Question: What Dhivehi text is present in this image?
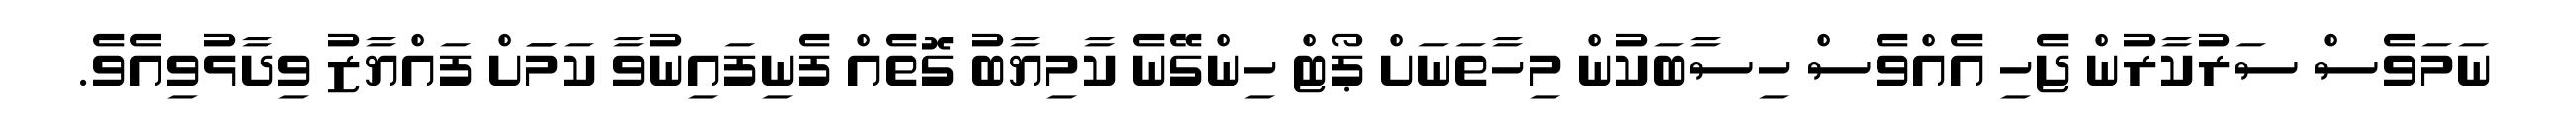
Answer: ނަމަވެސް ސަރުކާރުން ޖެހި އެއްވެސް ހިސާބަކުން މިހާތަނަށް ޕޯޓް ހިންގޭނެ ކާމިޔާބު ގޮތެއް ފެނިފައިނުވާ ކަމަަށް ފައްޔާޒު ވިދާޅުވިއެވެ.